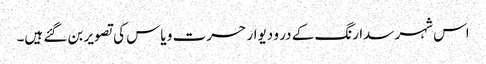
اس شہر سدا رنگ کے در و دیوار حسرت و یاس کی تصویر بن گئے ہیں۔